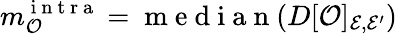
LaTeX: m_{\mathcal{O}}^{\mathrm{~i~n~t~r~a~}}=\mathrm{~m~e~d~i~a~n~}(D[\mathcal{O}]_{\mathcal{E},\mathcal{E^{\prime}}})